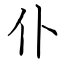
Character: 仆